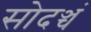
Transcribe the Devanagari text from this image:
सोदञ्चं